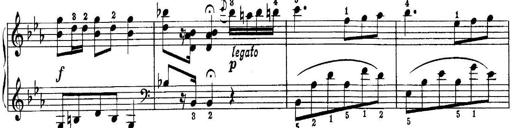
Title: Quatres sonatines
Composer: Tadeusz Joteyko